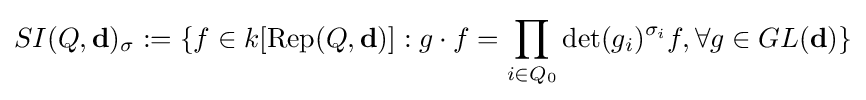
SI(Q,\mathbf {d} )_{\sigma }:=\{f\in k[\operatorname {Rep} (Q,\mathbf {d} )]:g\cdot f=\prod _{i\in Q_{0}}\det(g_{i})^{\sigma _{i}}f,\forall g\in GL(\mathbf {d} )\}